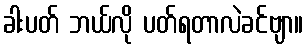
ခါးပတ် ဘယ်လို ပတ်ရတာလဲခင်ဗျာ။